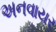
અનવાયર